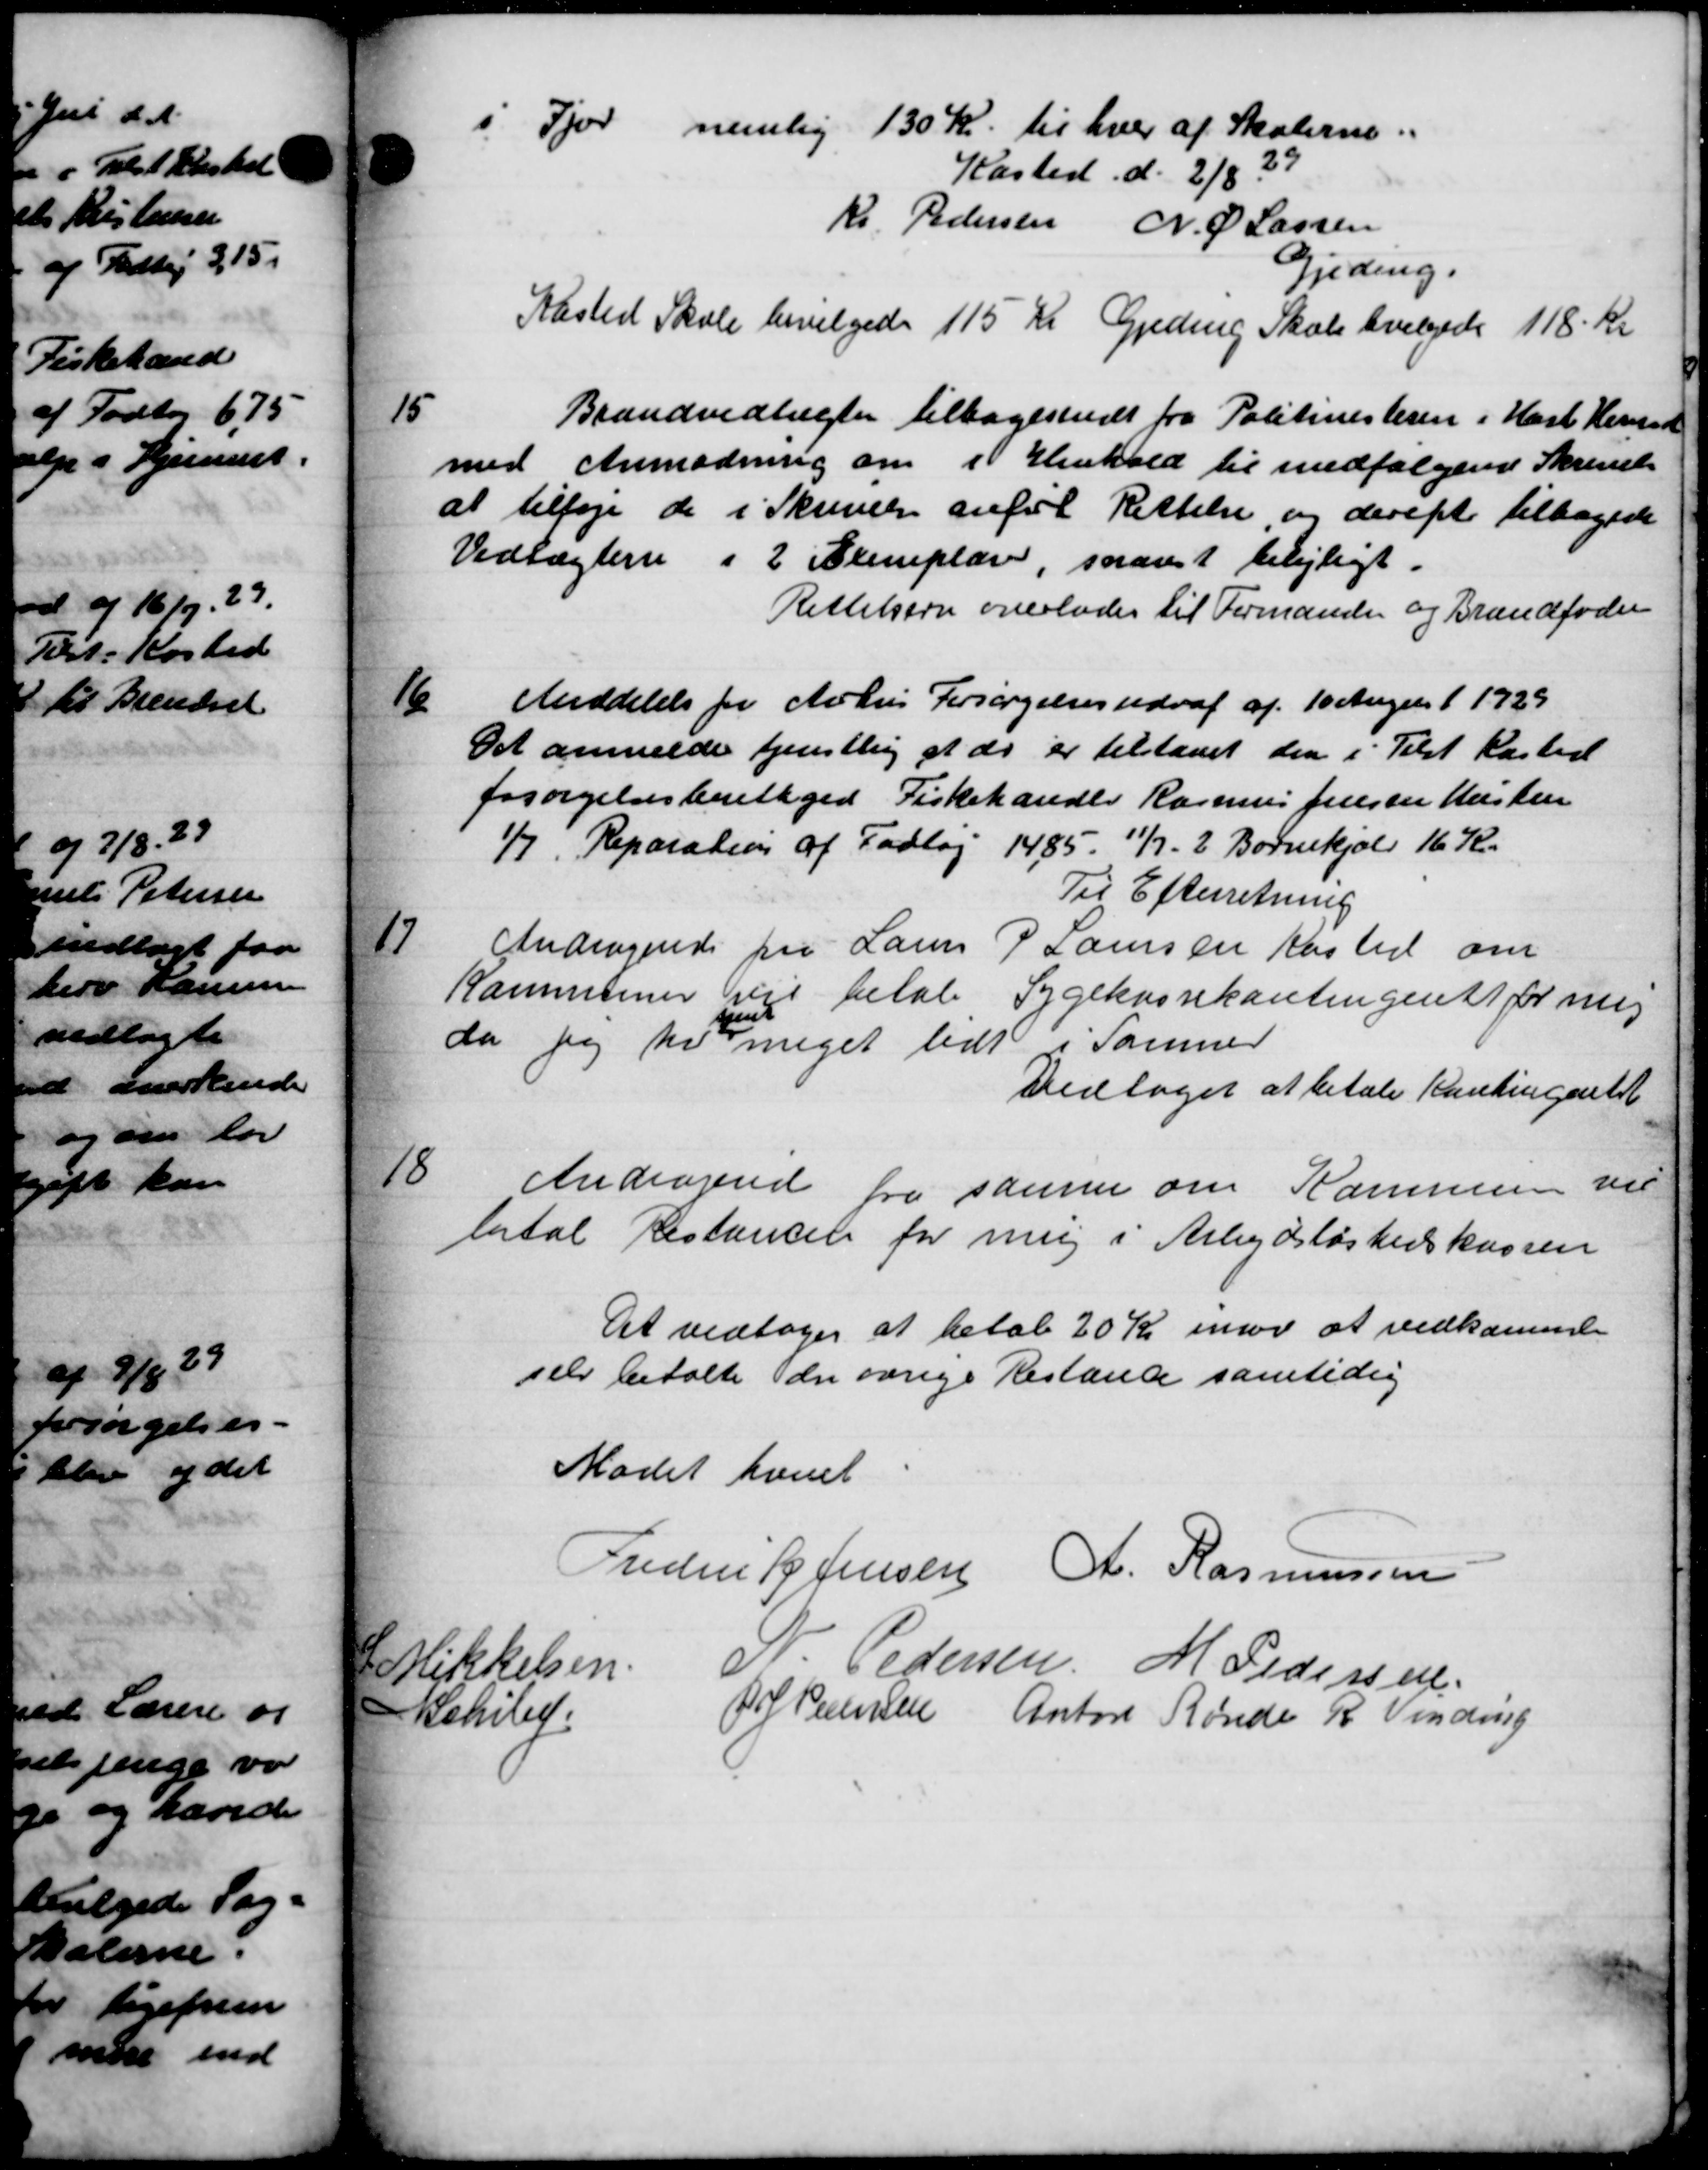
Transskription:
Fjor nemlig 130 Kr. til hver af Skolerne.
Kasted d. 2/8 39
Kr. Pedersen N. P. Lassen
Gjeding.
Alsted Skole bevilgedes 115 Kr Gjeding Skole bevilgedes 118 kr
15
Brandvedtægter tilbagesendt fra Politimesteren i Karl Hensen
med Anmodning om i Henhold til medfølgende Skrivelse
at tilføje de i Skrivelse anført Rettelse og derefter tilbagede
Vedtægterne i 2 Exemplarer, snarest belejligt.
Rettelsen overlodes til Formanden og Brandfoder
16
Meddelelse for Århus Forsørgelsesudval af 10 August 1929
Det anmelde tjenstling at de er tilstaaet den i Tilst Kasted
forsørgelsesberettiget Fiskehandle Rasmus Jensen Hustru
1/7. Reparation af Fodtøj 1485. 11/7 - 2 Børnekjold 16 Kr.
Til Efterretning
17
Andragende fra Laurs P Laursen Kasted om
Kommuner vil betale Sygekassekontingent for meg
da jeg hver meget lidt i Sammer
Vedtaget at betale Kontingentet
18
Andragende fra samme om Kommunen vil
betal Restancen for mig i Arbejdsløshedskassen
Det vedtoges at betal 20 Kr imod at vedkomme
selv betalte en øvrige Restande samtidig
Mødet hævet
Frederik Jensen A. Rasmussen
Pedersen M Pedersen
Mikkelsen.
P Pedersen Anton Rønde R Vinding
Schiled